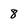
Character: 8